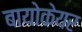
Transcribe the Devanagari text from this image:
बायोकेयर